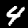
Label: 4